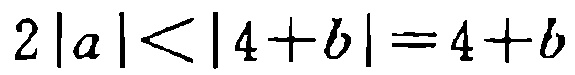
$2|a|<|4 + b| = 4 + b$